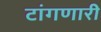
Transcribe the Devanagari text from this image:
टांगणारी